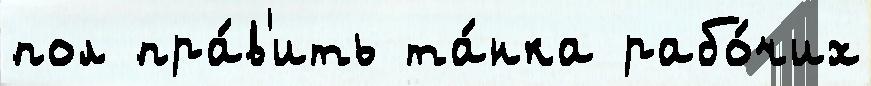
пол пра́в'ить та́нка рабо́чих